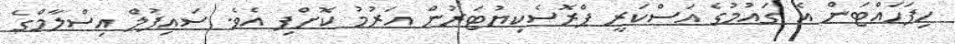
ހިފަހައްޓަން އެ ގައުމުގެ އަސްކަރީ ޕްރޮސެކިޔުޓަރުން އަރުމު ކޮށްފި އެވެ. ސައިފުލް އިސްލާމްގެ